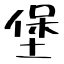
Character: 堡